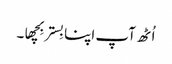
اُٹھ آپ اپنا بِستر بِچھا۔